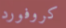
كروفورد